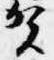
賀